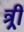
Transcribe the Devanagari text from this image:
त्र्री